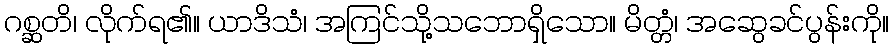
ဂစ္ဆတိ၊ လိုက်ရ၏။ ယာဒိသံ၊ အကြင်သို့သဘောရှိသော။ မိတ္တံ၊ အဆွေခင်ပွန်းကို။